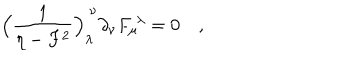
LaTeX: \Bigl ( { \frac { 1 } { \eta - F ^ { 2 } } } \Bigr ) _ { \lambda } ^ { \ \nu } \partial _ { \nu } F _ { \mu } ^ { \ \lambda } = 0 \quad ,